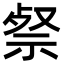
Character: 𮁹